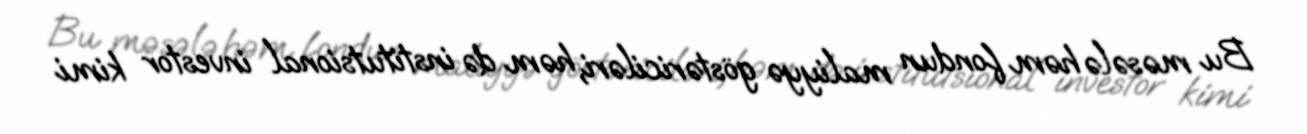
Bu məsələ həm fondun maliyyə göstəriciləri, həm də institutsional investor kimi